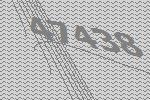
47438